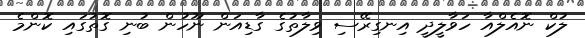
ލުކް ނޮއެލްއާ ހަވާލީދީ އިނގިރޭސި ވިލާތުގެ ގާޑިއަން ނޫހުން ބުނި ގޮތުގައި ކޮންމެ